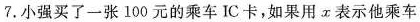
7. 小强买了一张100元的乘车 IC 卡，如果用 x 表示他乘车